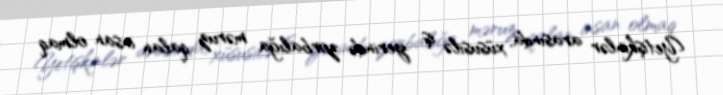
Yetişkinlər arasında, xüsusilə iş yerində zorbalığa məruz qalan insan olmaq